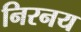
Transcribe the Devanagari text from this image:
निरनय